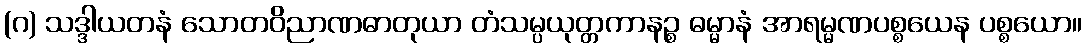
(ဂ) သဒ္ဒါယတနံ သောတဝိညာဏဓာတုယာ တံသမ္ပယုတ္တကာနဉ္စ ဓမ္မာနံ အာရမ္မဏပစ္စယေန ပစ္စယော။